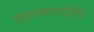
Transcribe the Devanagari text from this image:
वृक्षलागवडीचे